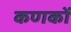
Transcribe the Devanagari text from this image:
कणकों